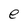
Character: e